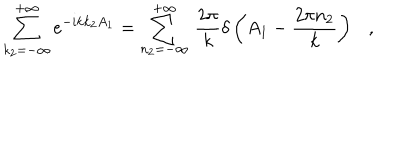
LaTeX: \sum _ { k _ { 2 } = - \infty } ^ { + \infty } e ^ { - i k k _ { 2 } A _ { 1 } } = \sum _ { n _ { 2 } = - \infty } ^ { + \infty } \, \frac { 2 \pi } { k } \delta \left( A _ { 1 } - \frac { 2 \pi n _ { 2 } } { k } \right) \ \ \ ,